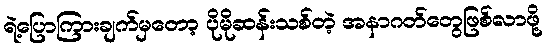
ရဲ့ပြောကြားချက်မှတော့ ပိုမိုဆန်းသစ်တဲ့ အနာဂတ်တွေဖြစ်လာဖို့